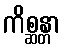
ကိစ္ဆန္တာ